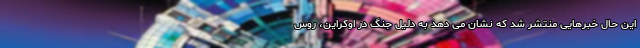
این حال خبرهایی منتشر شد که نشان می دهد به دلیل جنگ در اوکراین، روس